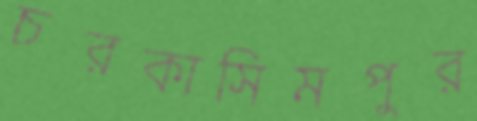
চরকাসিমপুর